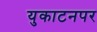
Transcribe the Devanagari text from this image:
युकाटनपर